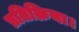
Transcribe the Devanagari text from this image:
प्रतिक्रिया।